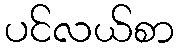
ပင်လယ်စာ